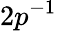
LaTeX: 2p^{-1}